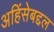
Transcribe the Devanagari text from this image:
अहिंसेबद्दल